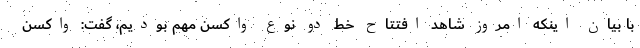
با بیان اینکه امروز شاهد افتتاح خط دو نوع واکسن مهم بودیم، گفت: واکسن